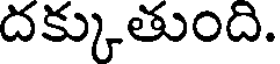
దక్కుతుంది.